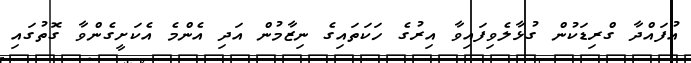
އުފައްދާ ގްރިޑަކުން ގުޅާލެވިފައިވާ އިރުގެ ހަކަތައިގެ ނިޒާމުން އަދި އެންމެ އެކަށީގެންވާ ގޮތުގައި